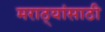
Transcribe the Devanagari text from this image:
मराठ्यांसाठी